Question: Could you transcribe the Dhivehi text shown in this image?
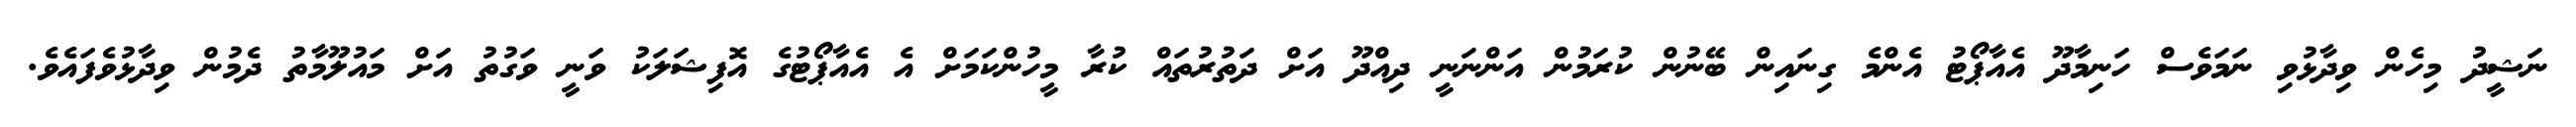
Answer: ނަޝީދު މިހެން ވިދާޅުވި ނަމަވެސް ހަނިމާދޫ އެއާޕޯޓު އެންމެ ގިނައިން ބޭނުން ކުރަމުން އަންނަނީ ދިއްދޫ އަށް ދަތުރުތައް ކުރާ މީހުންކަމަށް އެ އެއާޕޯޓުގެ އޮފިޝަލަކު ވަނީ ވަގުތު އަށް މައުލޫމާތު ދެމުން ވިދާޅުވެފައެވެ.